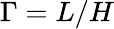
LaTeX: \Gamma=L/H